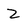
Character: Z